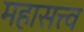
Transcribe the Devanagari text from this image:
महासत्त्व